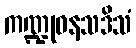
ကဏ္ဍုဝနသဒိသံ